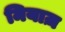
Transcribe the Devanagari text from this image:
मियाज़